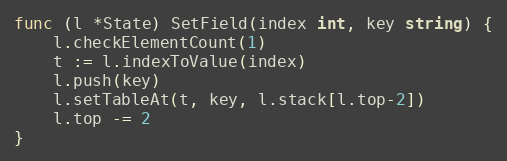
Language: Go
func (l *State) SetField(index int, key string) {
	l.checkElementCount(1)
	t := l.indexToValue(index)
	l.push(key)
	l.setTableAt(t, key, l.stack[l.top-2])
	l.top -= 2
}